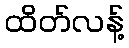
ထိတ်လန့်